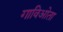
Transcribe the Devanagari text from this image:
गाविओता